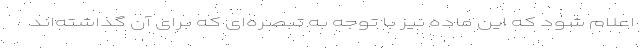
اعلام شود که این ماده نیز با توجه به تبصره‌ای که برای آن گذاشته‌اند